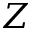
Z